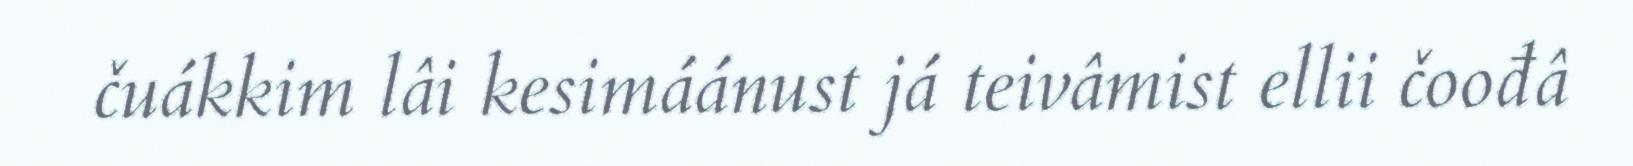
čuákkim lâi kesimáánust já teivâmist ellii čoođâ